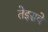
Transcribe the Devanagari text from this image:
तेइसवे